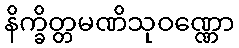
နိက္ခိတ္တမဏိသုဝဏ္ဏော